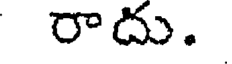
రాదు.